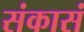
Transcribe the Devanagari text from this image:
संकासं